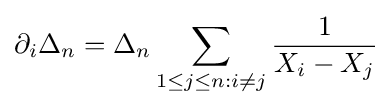
\partial _{i}\Delta _{n}=\Delta _{n}\sum _{1\leq j\leq n:i\neq j}{\frac {1}{X_{i}-X_{j}}}